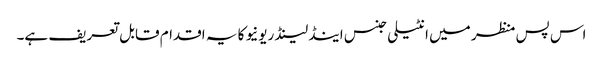
اس پس منظر میں انٹیلی جنس اینڈ لینڈ ریونیو کا یہ اقدام قابل تعریف ہے۔